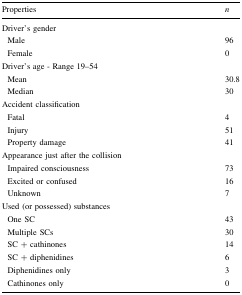
| Properties | n |
 | --- | --- |
 | Driver’s gender |  |
 | Male | 96 |
 | Female | 0 |
 | Driver’s age - Range 19–54 |  |
 | Mean | 30.8 |
 | Median | 30 |
 | <COLSPAN=2> Accident classification |
 | Fatal | 4 |
 | Injury | 51 |
 | Property damage | 41 |
 | <COLSPAN=2> Appearance just after the collision |
 | Impaired consciousness | 73 |
 | Excited or confused | 16 |
 | Unknown | 7 |
 | <COLSPAN=2> Used (or possessed) substances |
 | One SC | 43 |
 | Multiple SCs | 30 |
 | SC + cathinones | 14 |
 | SC + diphenidines | 6 |
 | Diphenidines only | 3 |
 | Cathinones only | 0 |